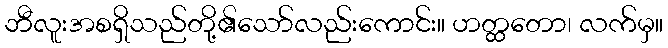
ဘီလူးအစရှိသည်တို့၏သော်လည်းကောင်း။ ဟတ္ထတော၊ လက်မှ။